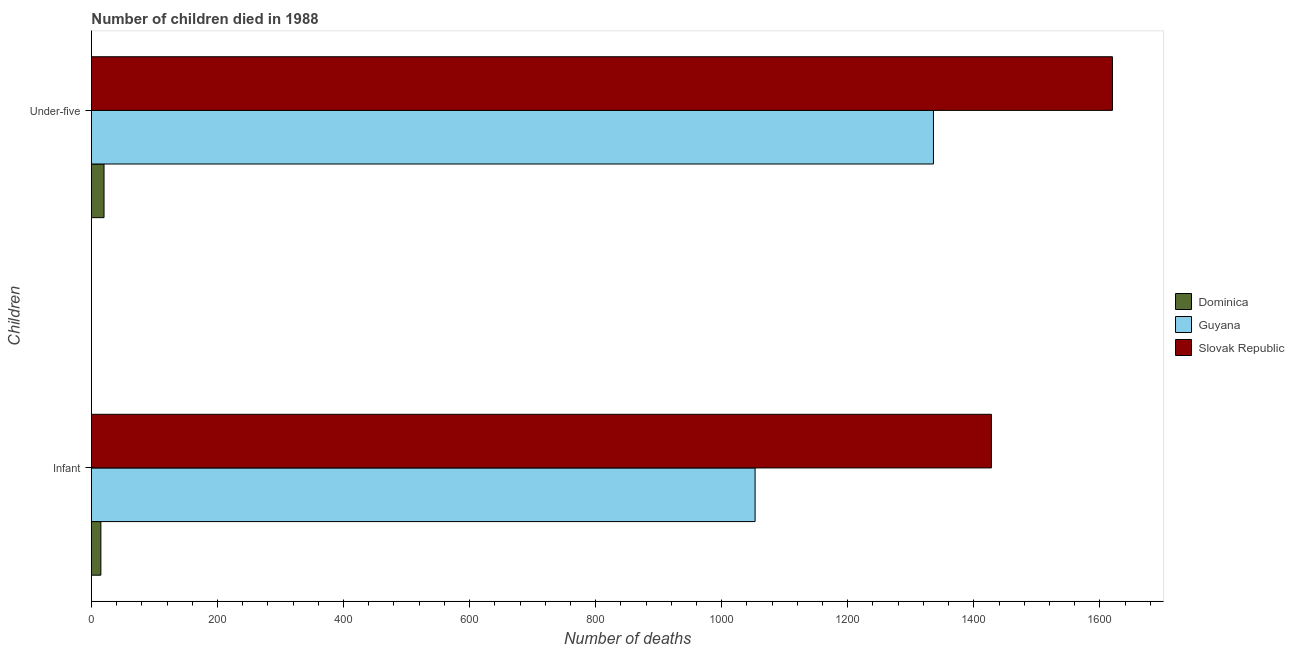
| Children | Dominica | Guyana | Slovak Republic |
 | --- | --- | --- | --- |
 | Infant | 15 | 1.05e+03 | 1.43e+03 |
 | Under-five | 20 | 1.34e+03 | 1.62e+03 |